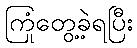
ကြုံတွေ့ခဲ့ရပြီး